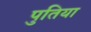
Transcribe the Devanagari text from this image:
पुतिया